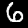
Digit: 6